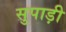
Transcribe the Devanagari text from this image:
सुपाड़ी